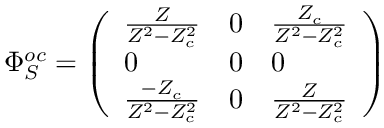
\Phi _ { S } ^ { o c } = \left( \begin{array} { l l l } { \frac { Z } { Z ^ { 2 } - Z _ { c } ^ { 2 } } } & { 0 } & { \frac { Z _ { c } } { Z ^ { 2 } - Z _ { c } ^ { 2 } } } \\ { 0 } & { 0 } & { 0 } \\ { \frac { - Z _ { c } } { Z ^ { 2 } - Z _ { c } ^ { 2 } } } & { 0 } & { \frac { Z } { Z ^ { 2 } - Z _ { c } ^ { 2 } } } \end{array} \right)